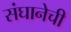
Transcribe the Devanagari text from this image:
संघानेची